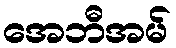
အေဘီအမ်